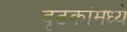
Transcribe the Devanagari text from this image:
दृढकांमध्ये